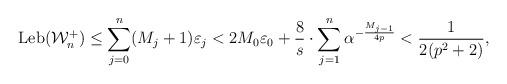
LaTeX: \begin{align*}\mathrm{Leb}(\mathcal W^+_n)\leq\sum_{j=0}^n(M_j+1)\varepsilon_j<2M_0\varepsilon_0+\frac{8}{s}\cdot\sum_{j=1}^{n}\alpha^{-\frac{M_{j-1}}{4p}}<\frac{1}{2(p^2+2)},\end{align*}